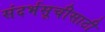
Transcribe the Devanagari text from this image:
संदर्भसूचीसाठी